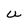
Character: U